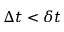
\Delta t < \delta t